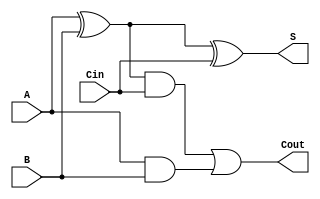
// This program was cloned from: https://github.com/thousrm/universal_NPU-CNN_accelerator
// License: MIT License


module FA(A, B, Cin, S, Cout);

input A, B, Cin;
output S, Cout;

wire w1, w2, w3;

assign w1 = A ^ B;
assign w2 = w1 & Cin;
assign w3 = A & B;

assign S = w1 ^ Cin;
assign Cout = w2 | w3;

endmodule